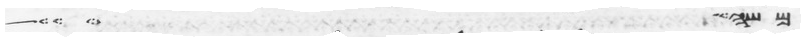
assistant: משה היד